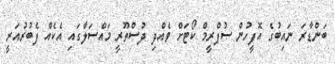
ބަންޑާރަ ނައިބުގެ އޮފީހުން ސުޕްރީމް ކޯޓަށް ވެއްދި ދުސްތޫރީ މައްސަލާގައި އެކެއް ފެބުރުއަރީ